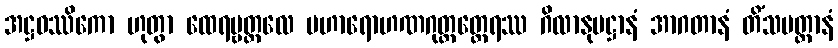
အဋ္ဌဝဿိကော ဟုတွာ ထေရမ္ဗတ္ထလေ မဟာရောဟဏဂုတ္တတ္ထေရဿ ဂိလာနုပဋ္ဌာနံ အာဂတာနံ တိံသမတ္တာနံ